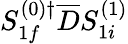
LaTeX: S_{1f}^{(0)\dagger}\overline{{D}}S_{1i}^{(1)}